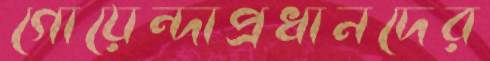
গোয়েন্দাপ্রধানদের